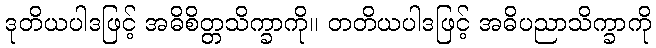
ဒုတိယပါဒဖြင့် အဓိစိတ္တသိက္ခာကို။ တတိယပါဒဖြင့် အဓိပညာသိက္ခာကို